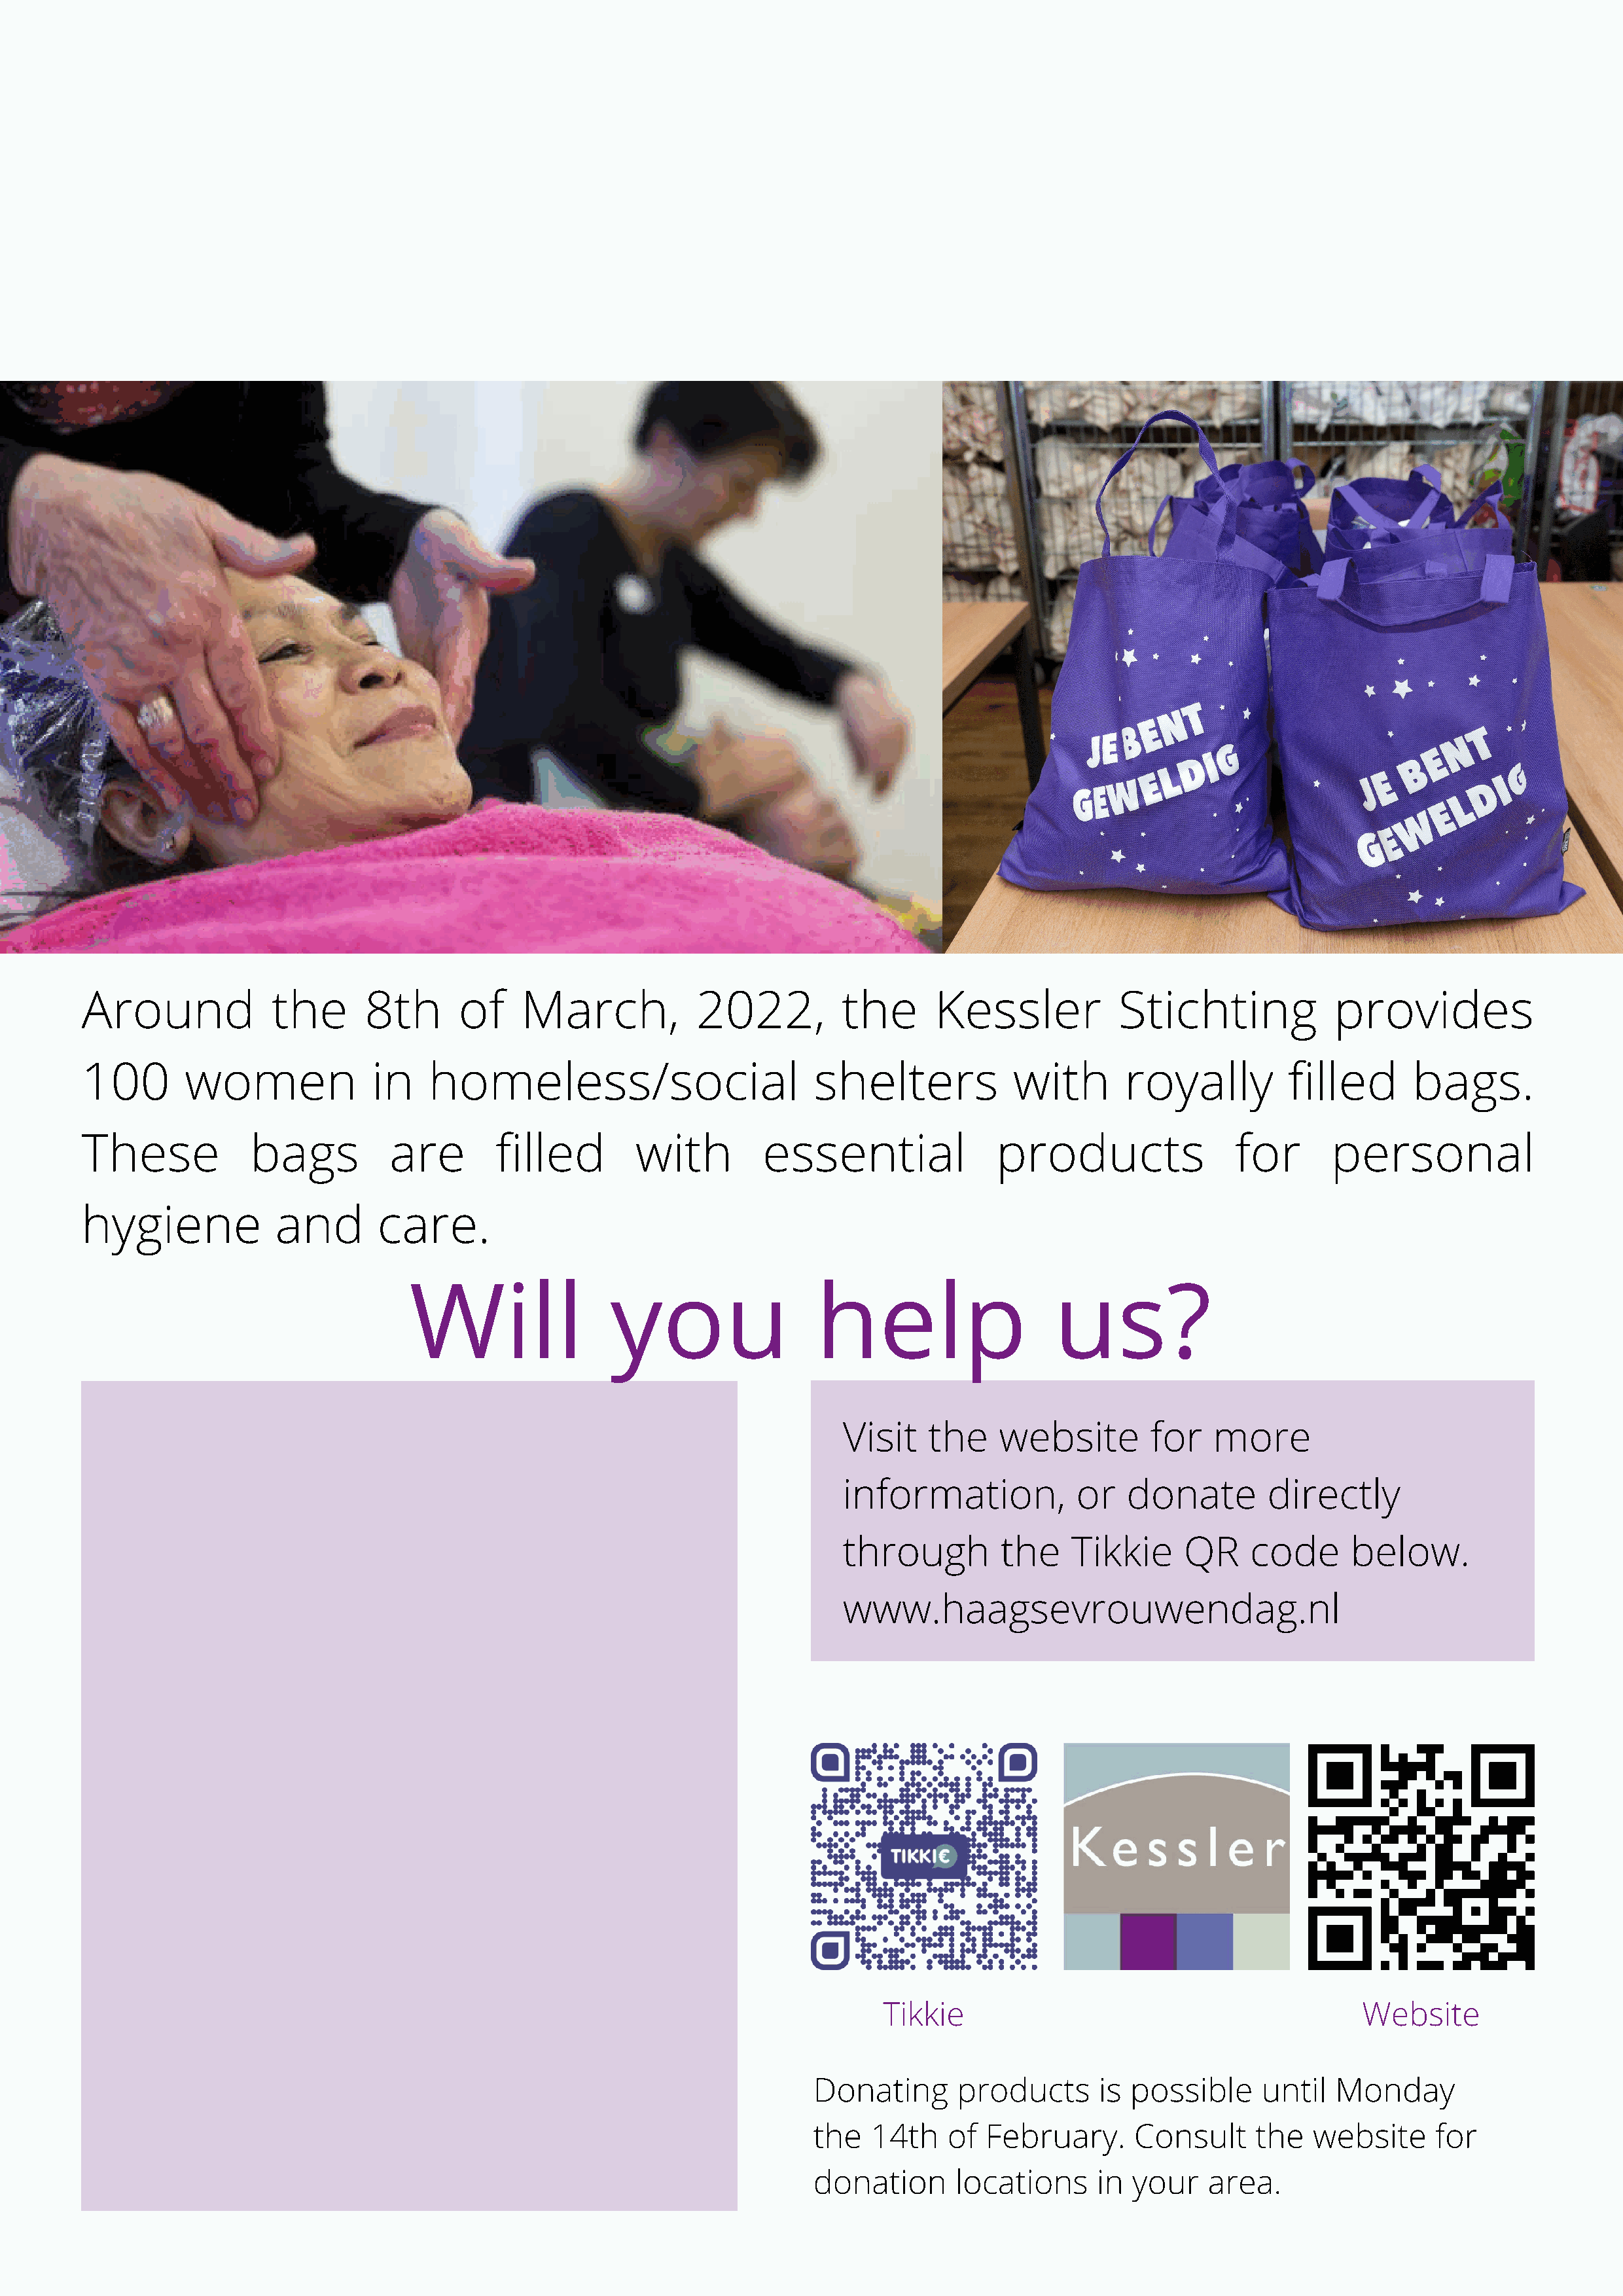
Around             the       8th      of     March,           2022,          the       Kessler           Stichting             provides
 100        women              in   homeless/social                        shelters             with       royally         filled       bags.
 These            bags          are        filled        with         essential               products                for       personal
 hygiene             and       care.
 Will                 you                  help                    us?
 Visit    the    website        for    more
 information,            or   donate        directly
 through         the    Tikkie      QR    code       below.
 www.haagsevrouwendag.nl
 Tikkie                                           Website
 Donating       products      is possible      until  Monday
 the   14th    of  February.      Consult     the   website     for
 donation       locations     in  your   area.